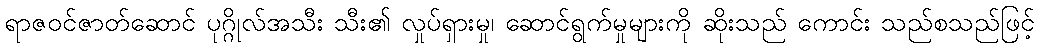
ရာဇဝင်ဇာတ်ဆောင် ပုဂ္ဂိုလ်အသီး သီး၏ လှုပ်ရှားမှု၊ ဆောင်ရွက်မှုများကို ဆိုးသည် ကောင်း သည်စသည်ဖြင့်